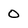
Character: 0